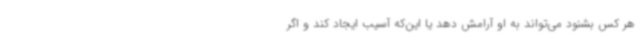
هر کس بشنود می‌تواند به او آرامش دهد یا این‌که آسیب ایجاد کند و اگر